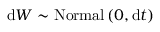
\mathrm { d } W \sim \mathrm { N o r m a l } \left( 0 , \mathrm { d } t \right)